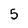
Character: 5